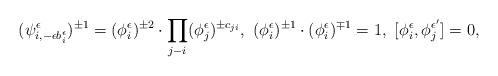
LaTeX: \begin{align*} (\psi^\epsilon_{i,-\epsilon b^\epsilon_i})^{\pm 1}= (\phi^\epsilon_i)^{\pm 2}\cdot \prod_{j - i}(\phi^\epsilon_j)^{\pm c_{ji}},\ (\phi^\epsilon_i)^{\pm 1}\cdot (\phi^\epsilon_i)^{\mp 1}=1,\ [\phi^\epsilon_i,\phi^{\epsilon'}_j]=0,\end{align*}